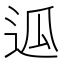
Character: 𰺶